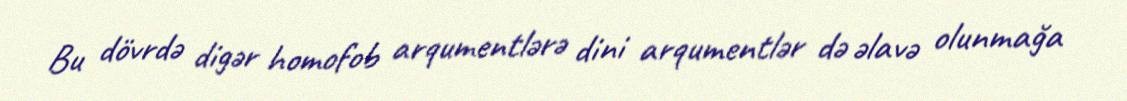
Bu dövrdə digər homofob arqumentlərə dini arqumentlər də əlavə olunmağa